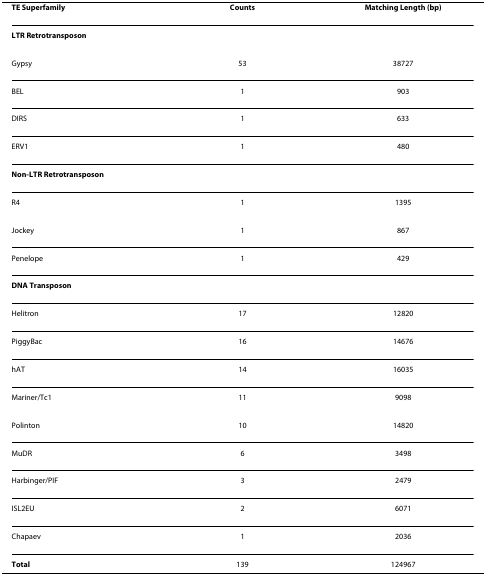
<table><thead><tr><td><b>TE Superfamily</b></td><td><b>Counts</b></td><td><b>Matching Length (bp)</b></td></tr></thead><tbody><tr><td><b><i>LTR Retrotransposon</i></b></td><td></td><td></td></tr><tr><td>Gypsy</td><td>53</td><td>38727</td></tr><tr><td>BEL</td><td>1</td><td>903</td></tr><tr><td>DIRS</td><td>1</td><td>633</td></tr><tr><td>ERV1</td><td>1</td><td>480</td></tr><tr><td><b><i>Non-LTR Retrotransposon</i></b></td><td></td><td></td></tr><tr><td>R4</td><td>1</td><td>1395</td></tr><tr><td>Jockey</td><td>1</td><td>867</td></tr><tr><td>Penelope</td><td>1</td><td>429</td></tr><tr><td><b><i>DNA Transposon</i></b></td><td></td><td></td></tr><tr><td>Helitron</td><td>17</td><td>12820</td></tr><tr><td>PiggyBac</td><td>16</td><td>14676</td></tr><tr><td>hAT</td><td>14</td><td>16035</td></tr><tr><td>Mariner/Tc1</td><td>11</td><td>9098</td></tr><tr><td>Polinton</td><td>10</td><td>14820</td></tr><tr><td>MuDR</td><td>6</td><td>3498</td></tr><tr><td>Harbinger/PIF</td><td>3</td><td>2479</td></tr><tr><td>ISL2EU</td><td>2</td><td>6071</td></tr><tr><td>Chapaev</td><td>1</td><td>2036</td></tr><tr><td><b>Total</b></td><td>139</td><td>124967</td></tr></tbody></table>